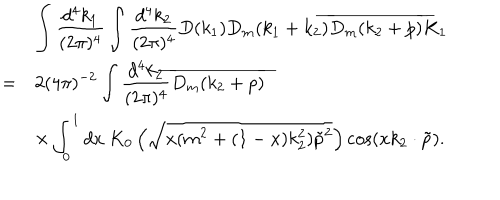
\begin{array} { r l } { { } } & { { \displaystyle \int \frac { d ^ { 4 } k _ { 1 } } { ( 2 \pi ) ^ { 4 } } \int \frac { d ^ { 4 } k _ { 2 } } { ( 2 \pi ) ^ { 4 } } D ( k _ { 1 } ) D _ { m } ( k _ { 1 } + k _ { 2 } ) \overline { { { D _ { m } ( k _ { 2 } + p ) } } } K _ { 1 } } } \\ { { = } } & { { \displaystyle 2 ( 4 \pi ) ^ { - 2 } \int \frac { d ^ { 4 } k _ { 2 } } { ( 2 \pi ) ^ { 4 } } \overline { { { D _ { m } ( k _ { 2 } + p ) } } } } } \\ { { } } & { { \displaystyle \times \int _ { 0 } ^ { 1 } d x ~ K _ { 0 } \left( \sqrt { x ( m ^ { 2 } + ( 1 - x ) k _ { 2 } ^ { 2 } ) \tilde { p } ^ { 2 } } \right) \cos ( x k _ { 2 } \cdot \tilde { p } ) . } } \\ \end{array}